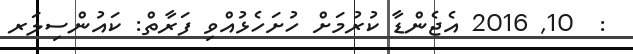
:  10